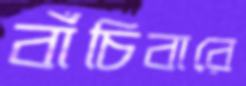
বাঁচিবারে